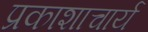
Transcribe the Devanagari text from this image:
प्रकाशाचार्य